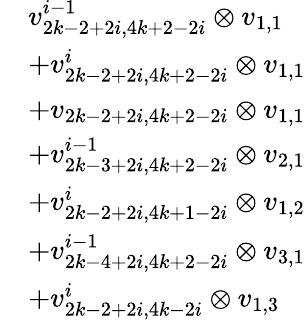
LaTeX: \begin{array}{rl}&{v_{2k-2+2i,4k+2-2i}^{i-1}\otimes v_{1,1}}\\ &{+v_{2k-2+2i,4k+2-2i}^{i}\otimes v_{1,1}}\\ &{+v_{2k-2+2i,4k+2-2i}\otimes v_{1,1}}\\ &{+v_{2k-3+2i,4k+2-2i}^{i-1}\otimes v_{2,1}}\\ &{+v_{2k-2+2i,4k+1-2i}^{i}\otimes v_{1,2}}\\ &{+v_{2k-4+2i,4k+2-2i}^{i-1}\otimes v_{3,1}}\\ &{+v_{2k-2+2i,4k-2i}^{i}\otimes v_{1,3}}\end{array}